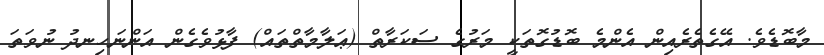
މާބޮޑެވެ. އޭގެތެރެއިން އެންމެ ބޮޑުގޮތަކީ މަރުގެ ސަކަރާތް (ޢަލާމާތްތައް) ފާޅުވެގެން އަންނަހިނދު ނުވަތަ